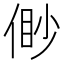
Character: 𠋝